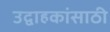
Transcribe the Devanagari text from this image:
उद्वाहकांसाठी